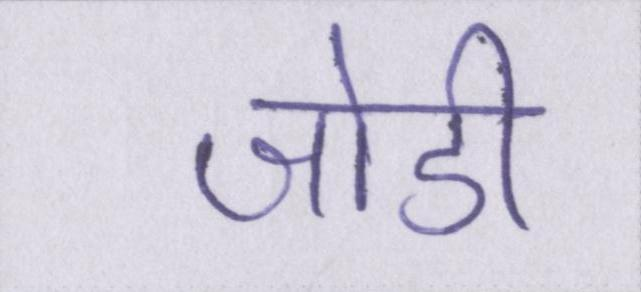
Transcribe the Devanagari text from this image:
जोडी